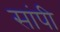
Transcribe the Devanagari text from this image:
सांपी